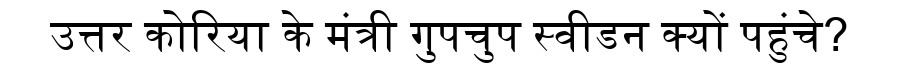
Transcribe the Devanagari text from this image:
उत्तर कोरिया के मंत्री गुपचुप स्वीडन क्यों पहुंचे?